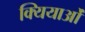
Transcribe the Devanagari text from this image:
क्यियाओं